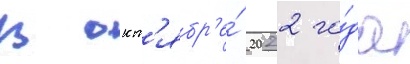
В окт'ябр'е́ 2022 го́да